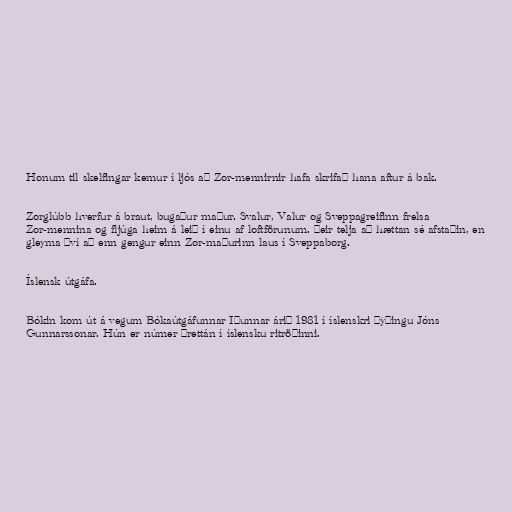
Honum til skelfingar kemur í ljós að Zor-mennirnir hafa skrifað hana aftur á bak.

Zorglúbb hverfur á braut, bugaður maður. Svalur, Valur og Sveppagreifinn frelsa
Zor-mennina og fljúga heim á leið í einu af loftförunum. Þeir telja að hættan sé afstaðin, en
gleyma því að enn gengur einn Zor-maðurinn laus í Sveppaborg.

Íslensk útgáfa.

Bókin kom út á vegum Bókaútgáfunnar Iðunnar árið 1981 í íslenskri þýðingu Jóns
Gunnarssonar. Hún er númer þrettán í íslensku ritröðinni.